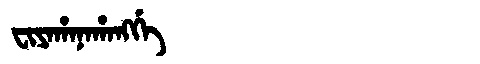
Manchu: ᠸᡳᠶᠠᡥᠠᠨᠠᡥᠠᠩᡤᡝ
Romanization: FIYAHANAHANGGE